Annual report of lunatic asylums [Bombay] - 1912-1922
Year: 1912
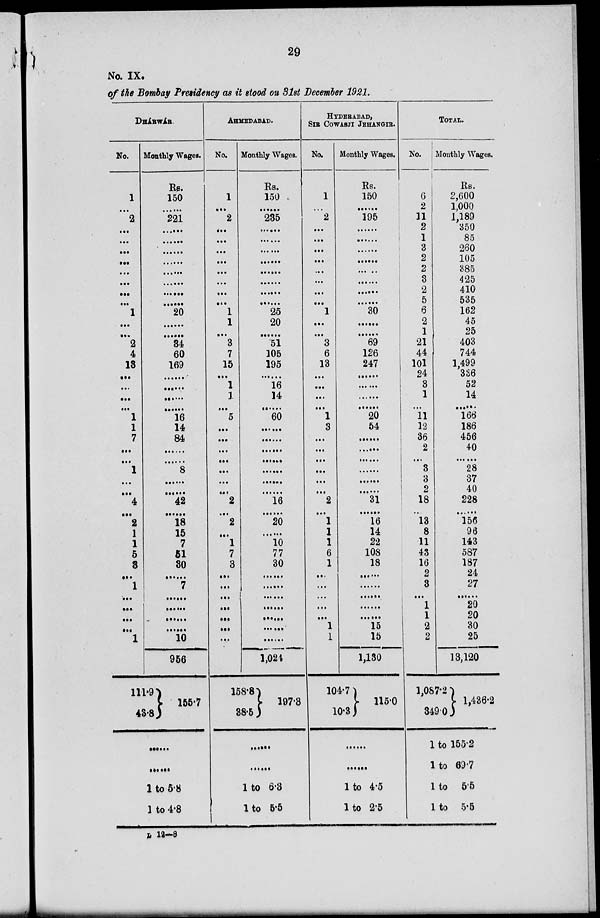
29
No. IX.
of the Bombay Presidency as it stood on 31st December 1921.
DHÁRWÁR.
No.
1
...
2
...
...
...
...
...
...
...
...
1
...
...
2
4
13
...
...
...
...
1
1
7
...
...
1
...
...
4
...
2
1
1
5
3
...
1
...
...
...
...
1
Monthly Wages.
Rs.
150
......
221
......
......
......
......
......
......
......
......
20
......
......
34
60
169
......
......
......
......
16
14
84
......
......
8
......
......
42
......
18
15
7
51
30
......
7
......
......
......
......
10
956
111.9
48.8
155.7
......
......
1 to 5.8
1 to 4.8
AHMEDABAD.
No.
1
...
2
...
...
...
...
...
...
...
...
1
1
...
3
7
15
...
1
1
...
5
...
...
...
...
...
...
...
2
...
2
...
1
7
3
...
...
...
...
...
...
...
Monthly Wages.
Rs.
150
......
235
......
......
......
......
......
......
......
......
25
20
......
51
105
195
......
16
14
......
60
......
......
......
......
......
......
......
16
......
20
......
10
77
30
......
......
......
......
......
......
......
1,024
158.8
38.5
197.3
......
......
1 to 6.8
1
to 5.5
HYDERABAD,
SIR COWASJI JEHANGIR.
No.
1
...
2
...
...
...
...
...
...
...
...
1
...
...
3
6
13
...
...
...
...
1
3
...
...
...
...
...
...
2
...
1
1
1
6
1
...
...
...
...
...
1
1
Monthly Wages.
Rs.
150
......
195
......
......
......
......
......
......
......
......
30
......
......
69
126
247
......
......
......
......
20
54
......
......
......
......
......
......
31
......
16
14
22
108
18
......
......
......
......
......
15
15
1,130
104.7
10.3
115.0
......
......
1 to 4.5
1 to 2.5
TOTAL.
No.
6
2
11
2
1
3
2
2
3
2
5
6
2
1
21
44
101
24
3
1
...
11
12
36
2
...
3
3
2
18
...
13
8
11
43
16
2
8
...
1
1
2
2
Monthly Wages.
Rs.
2,600
1,000
1,189
350
85
260
105
385
425
410
535
162
45
25
403
744
1,499
386
52
14
......
166
186
456
40
......
28
37
40
228
......
156
96
143
587
187
24
27
......
20
20
30
25
13,120
1,087.2
349.0
1,436.2
1 to 155.2
1 to 69.7
1 to 5.5
1 to 5.5
L 12-8